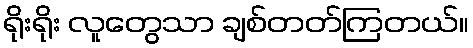
ရိုးရိုး လူတွေသာ ချစ်တတ်ကြတယ်။